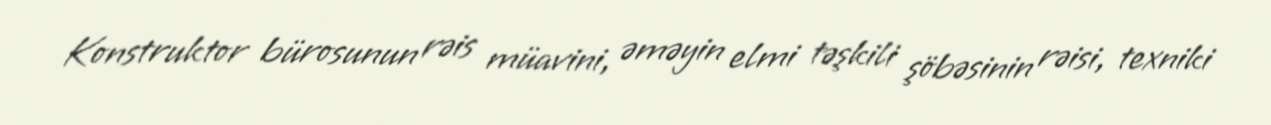
Konstruktor bürosunun rəis müavini, əməyin elmi təşkili şöbəsinin rəisi, texniki